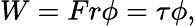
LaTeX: W=Fr\phi=\tau\phi,